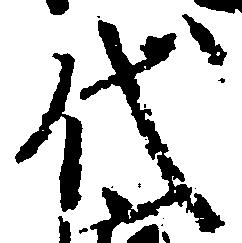
代